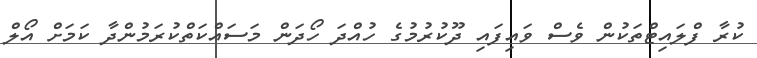
ކުރާ ފްލައިޓްތަކުން ވެސް ވައިފައި ދޫކުރުމުގެ ހުއްދަ ހޯދަން މަސައްކަތްކުރަމުންދާ ކަމަށް އޯލް